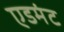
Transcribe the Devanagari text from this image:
एडमंट